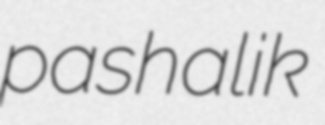
pashalik